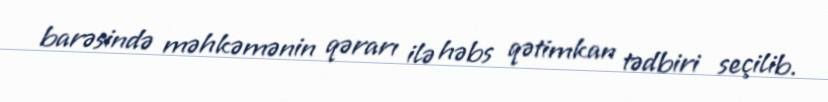
barəsində məhkəmənin qərarı ilə həbs qətimkan tədbiri seçilib.